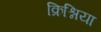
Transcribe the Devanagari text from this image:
क्रिश्निया